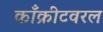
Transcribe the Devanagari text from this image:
काँक्रीटवरल